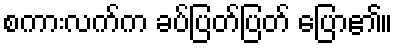
စကားလက်က ခပ်ပြတ်ပြတ် ပြော၏။